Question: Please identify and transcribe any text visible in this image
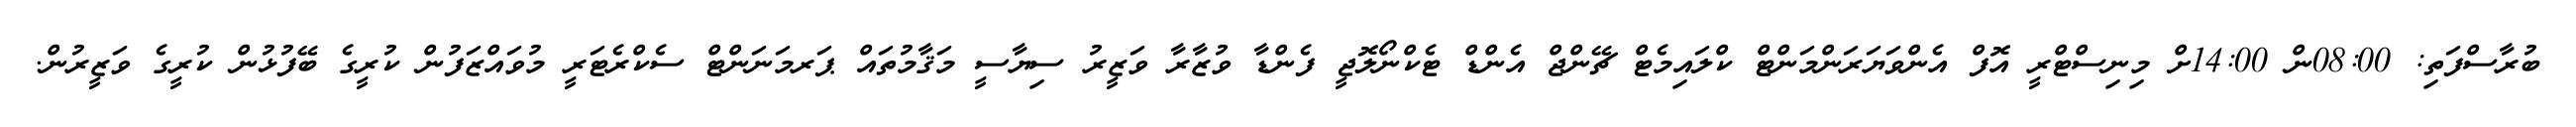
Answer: ބުރާސްފަތި: 08:00ން 14:00ށް މިނިސްޓްރީ އޮފް އެންވަޔަރަންމަންޓް ކްލައިމެޓް ޗޭންޖް އެންޑް ޓެކްނޯލޮޖީ ފެންޑާ ވުޒާރާ ވަޒީރު ސިޔާސީ މަޤާމުތައް ޕަރމަނަންޓް ސެކްރެޓަރީ މުވައްޒަފުން ކުރީގެ ބޭފުޅުން ކުރީގެ ވަޒީރުން.